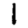
Digit: 1